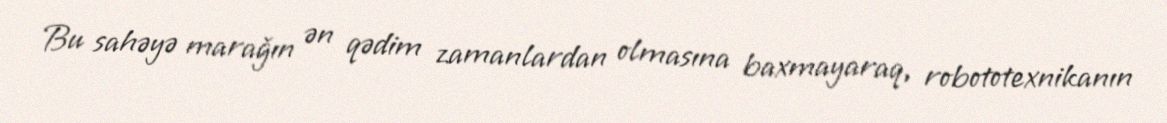
Bu sahəyə marağın ən qədim zamanlardan olmasına baxmayaraq, robototexnikanın